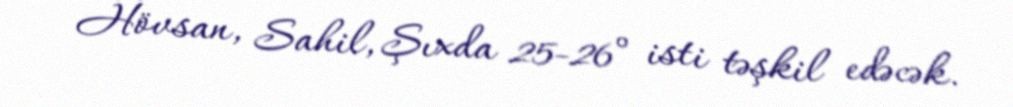
Hövsan, Sahil, Şıxda 25-26° isti təşkil edəcək.